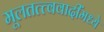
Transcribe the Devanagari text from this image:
मूलतत्त्ववादींमध्ये